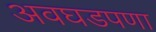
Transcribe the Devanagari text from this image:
अवघडपणा